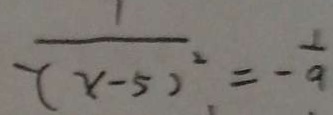
\frac { 1 } { - ( x - 5 ) ^ { 2 } } = - \frac { 1 } { 9 }